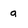
Character: a